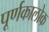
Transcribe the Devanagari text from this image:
पूर्णकालोक